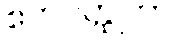
ဧကဝတ္ထုကာ